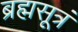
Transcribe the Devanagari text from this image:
ब्रह्मसूत्रं